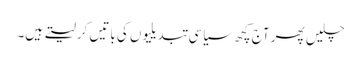
چلیں پھر آج کچھ سیاسی تبدیلیوں کی باتیں کرلیتے ہیں۔